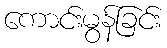
ကောင်းမွန်ခြင်း